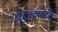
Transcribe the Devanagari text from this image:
कुंजलतेची